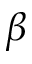
\beta